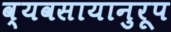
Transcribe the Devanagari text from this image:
व्यवसायानुरूप